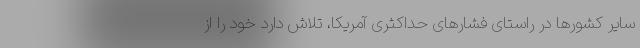
سایر کشورها در راستای فشارهای حداکثری آمریکا، تلاش دارد خود را از